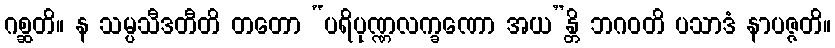
ဂစ္ဆတိ။ န သမ္ပသီဒတီတိ တတော “ပရိပုဏ္ဏလက္ခဏော အယ”န္တိ ဘဂဝတိ ပသာဒံ နာပဇ္ဇတိ။